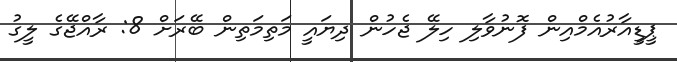
ޕީޑީއާރުއެމްއިން ފޮނުވާލި ހިލޭ ޖެހުން ދިޔައީ މަތިމަތިން ބޭރަށް 8: ރާއްޖޭގެ ލީގު